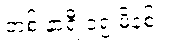
တစ် နာရီ ၁၅ မိနစ်။